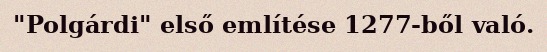
"Polgárdi" első említése 1277-ből való.